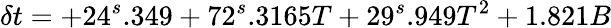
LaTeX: \delta t=+24^{s}.349+72^{s}.3165T+29^{s}.949T^{2}+1.821B